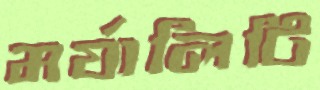
মর্যালিটি